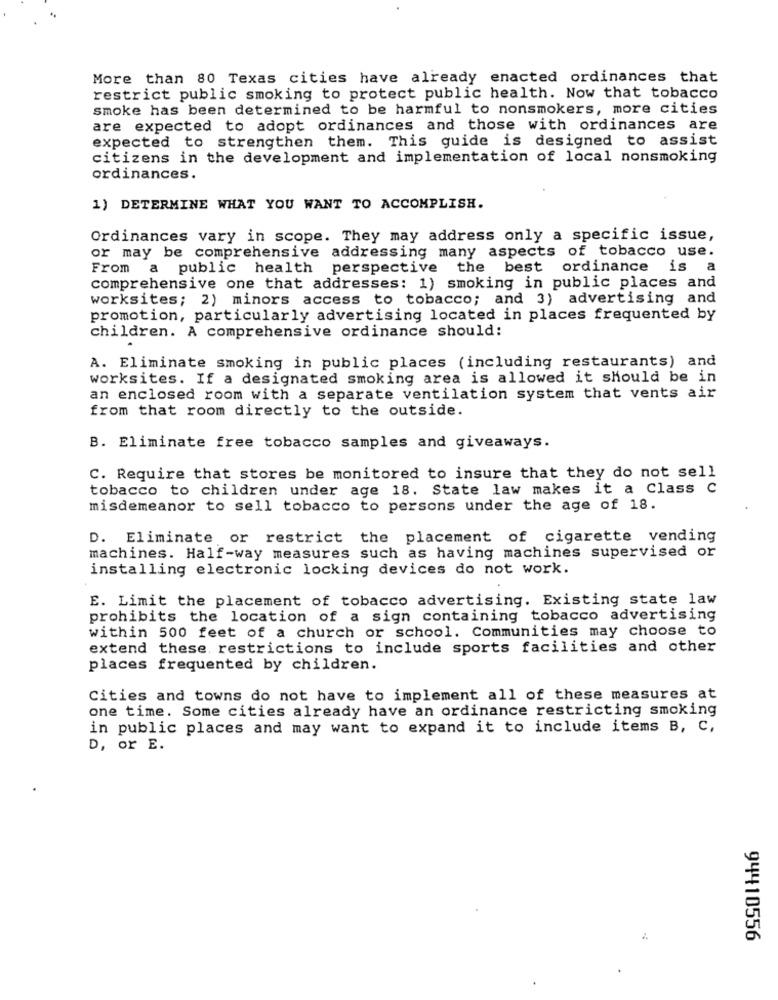
More than 80 Texas cities have already enacted ordinances that
restrict public smoking to protect public health. Now that tobacco
smoke has been determined to be harmful to nonsmokers, more cities
are expected to adopt ordinances and those with ordinances are
expected to strengthen them. This guide is designed to assist
citizens in the development and implementation of local nonsmoking
ordinances.
1) DETERMINE WHAT YOU WANT TO ACCOMPLISH.
Ordinances vary in scope. They may address only a specific issue,
or may be comprehensive addressing many aspects of tobacco use.
From a public health perspective the best ordinance is a
comprehensive one that addresses: 1) smoking in public places and
worksites; 2) minors access to tobacco; and 3) advertising and
promotion, particularly advertising located in places frequented by
children. A comprehensive ordinance should:
.
A. Eliminate smoking in public places (including restaurants) and
worksites. If a designated smoking area is allowed it should be in
an enclosed room with a separate ventilation system that vents air
from that room directly to the outside.
B. Eliminate free tobacco samples and giveaways.
C. Require that stores be monitored to insure that they do not sell
tobacco to children under age 18. State law makes it a Class C
misdemeanor to sell tobacco to persons under the age of 18.
D. Eliminate or restrict the placement of cigarette vending
machines. Half-way measures such as having machines supervised or
installing electronic locking devices do not work.
E. Limit the placement of tobacco advertising. Existing state law
prohibits the location of a sign containing tobacco advertising
within 500 feet of a church or school. Communities may choose to
extend these restrictions to include sports facilities and other
places frequented by children.
Cities and towns do not have to implement all of these measures at
one time. Some cities already have an ordinance restricting smoking
in public places and may want to expand it to include items B, C,
D, or E.
94410556